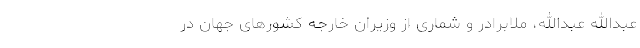
عبدالله عبدالله، ملابرادر و شماری از وزیران خارجه کشور‌های جهان در